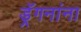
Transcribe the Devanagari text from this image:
ड्रॅगनांना